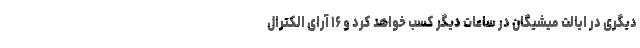
دیگری در ایالت میشیگان در ساعات دیگر کسب خواهد کرد و ۱۶ آرای الکترال